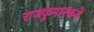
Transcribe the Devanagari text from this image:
राजकुमारकडे